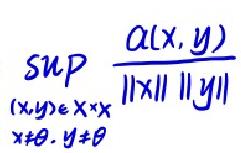
\[
\sup_{\substack{(x,y)\in X\times X \\ x\neq\theta, y\neq\theta}} \frac{\alpha(x,y)}{\|x\|\|y\|}
\]